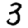
Digit: 3